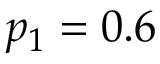
p _ { 1 } = 0 . 6